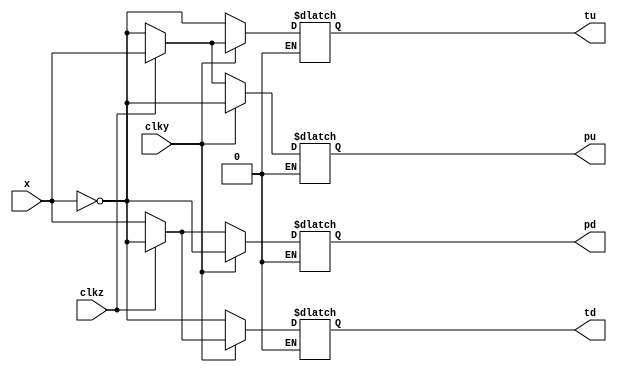
module demuxP(x, clky, clkz, pd, pu, td, tu);
	input x, clky, clkz;
	output reg pd, pu, td, tu;
	

	always @(clky, clkz) begin
		if(clky == 1'b0) begin
			if(clkz == 1'b0) begin
				pd <= x;
				pu <= ~x;
				td <= ~x;
				tu <= ~x;
			end
			else if(clkz == 1'b1) begin
				pd <= ~x;
				pu <= x;
				td <= ~x;
				tu <= ~x;
			end
		end
		else if (clky == 1'b1) begin
			if(clkz == 1'b0) begin
				pd <= ~x;
				pu <= ~x;
				td <= x;
				tu <= ~x;
			end
			else if(clkz == 1'b1) begin
				pd <= ~x;
				pu <= ~x;
				td <= ~x;
				tu <= x;
			end
		end

	end
endmodule